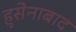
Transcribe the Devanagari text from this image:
हुसेनाबाद